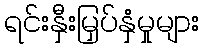
ရင်းနှီးမြှပ်နှံမှုများ